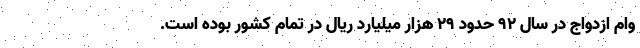
وام ازدواج در سال ۹۲ حدود ۲۹ هزار میلیارد ریال در تمام کشور بوده است.